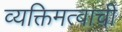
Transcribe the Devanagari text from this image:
व्यक्तिमत्वाची